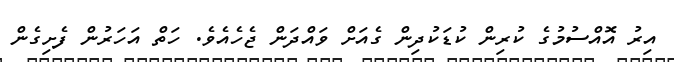
އިރު އޮއްސުމުގެ ކުރިން ކުޑަކުދިން ގެއަށް ވައްދަން ޖެހެއެވެ. ހަތް އަހަރުން ފެށިގެން